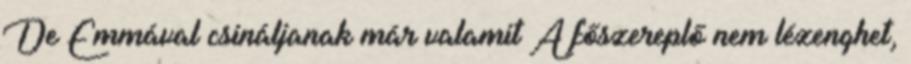
De Emmával csináljanak már valamit A főszereplő nem lézenghet,